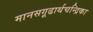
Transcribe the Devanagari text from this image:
मानसगूढार्थचन्द्रिका